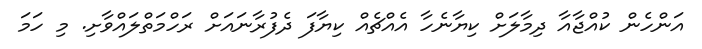
އަންހެން ކުއްޖާއާ ދިމާލަށް ކިޔާނެހާ އެއްޗެއް ކިޔާފަ ދެފުރާނައަށް ރަހްމަތްލައްވާށި. މި ހަމަ